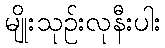
မျိုးသုဉ်းလုနီးပါး